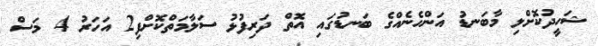
ޝަހީދުކޮށްލި މާބަނޑު އަންހެނެއްގެ ބަނޑުގައި އޮތް ދަރިފުޅު ސަލާމަތްކޮށްފި2 އަހަރު 4 މަސް